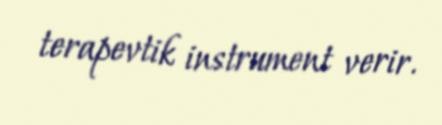
terapevtik instrument verir.